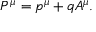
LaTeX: P ^ { \mu } = p ^ { \mu } + q A ^ { \mu } .